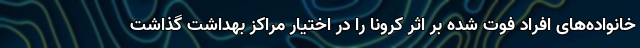
خانواده‌های افراد فوت شده بر اثر کرونا را در اختیار مراکز بهداشت گذاشت